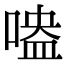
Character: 𠹃